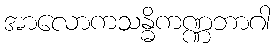
အာလောကသန္ဓိကဏ္ဏဘာဂါ